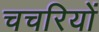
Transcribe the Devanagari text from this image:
चचरियों